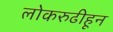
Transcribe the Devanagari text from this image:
लोकरुढीहून